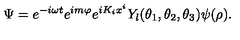
\Psi = e ^ { - i \omega t } e ^ { i m \varphi } e ^ { i K _ { i } x ^ { i } } Y _ { l } ( \theta _ { 1 } , \theta _ { 2 } , \theta _ { 3 } ) \psi ( \rho ) .